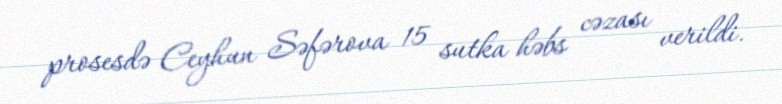
prosesdə Ceyhun Səfərova 15 sutka həbs cəzası verildi.